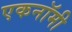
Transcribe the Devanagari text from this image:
एकनॉमी